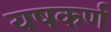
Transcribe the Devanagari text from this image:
यषकर्ण